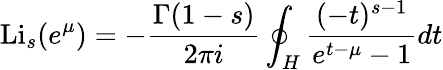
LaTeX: \operatorname{Li}_{s}(e^{\mu})=-{\frac{\Gamma(1-s)}{2\pi i}}\oint_{H}{\frac{(-t)^{s-1}}{e^{t-\mu}-1}}dt